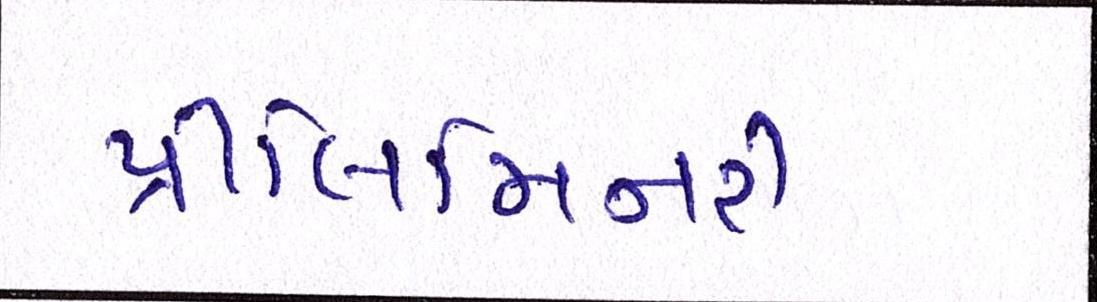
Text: પ્રીલિમિનરી